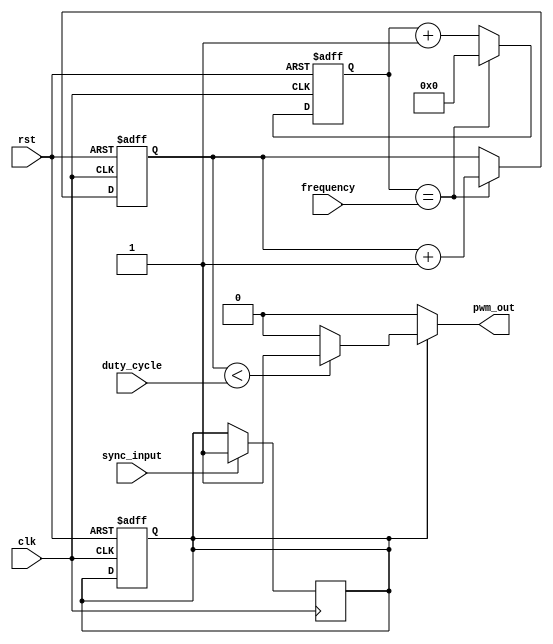
module pwm_pulse_generator (
    input clk,
    input rst,
    input [7:0] duty_cycle,
    input [15:0] frequency,
    input sync_input,
    output reg pwm_out
);

reg [15:0] counter;
reg [7:0] compare_val;
reg sync_flag;

always @(posedge clk or posedge rst) begin
    if (rst) begin
        counter <= 16'd0;
        compare_val <= 8'b0;
        sync_flag <= 1'b0;
    end else begin
        counter <= counter + 1;
        if (counter == frequency) begin
            counter <= 16'd0;
            compare_val <= compare_val + 1;
        end
    end
end

always @(posedge clk) begin
    if (sync_input) begin
        sync_flag <= 1'b1;
    end
end

always @(*) begin
    if (sync_flag) begin
        if (compare_val < duty_cycle) begin
            pwm_out <= 1'b1;
        end else begin
            pwm_out <= 1'b0;
        end
    end else begin
        pwm_out <= 1'b0;
    end
end

endmodule